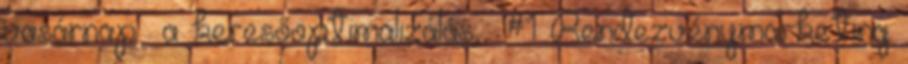
vasárnap a keresőoptimalizálás, #1 Rendezvénymarketing